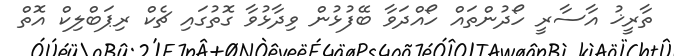
ތާރީޚު އާސާރީ ހޯދުންތައް ހޯއްދަވާ ބޭފުޅުން ވިދާޅުވާ ގޮތުގައި ޗެކް ރިޕަބްލިކް އޮތް